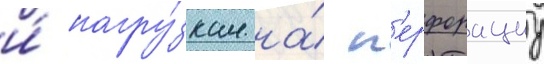
и́ нагру́зкам на́ п'ерфорациу